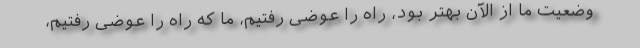
وضعیت ما از الآن بهتر بود، راه را عوضی رفتیم، ما که راه را عوضی رفتیم،